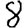
Digit: 8